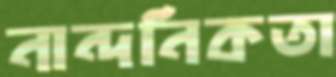
নান্দনিকতা